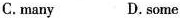
C.many D.some